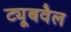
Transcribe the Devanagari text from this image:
ट्यूबवैल